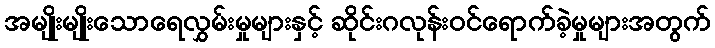
အမျိုးမျိုးသောရေလွှမ်းမှုများနှင့် ဆိုင်းဂလုန်းဝင်ရောက်ခဲ့မှုများအတွက်